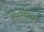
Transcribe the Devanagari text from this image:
प्रस्तुतिओं